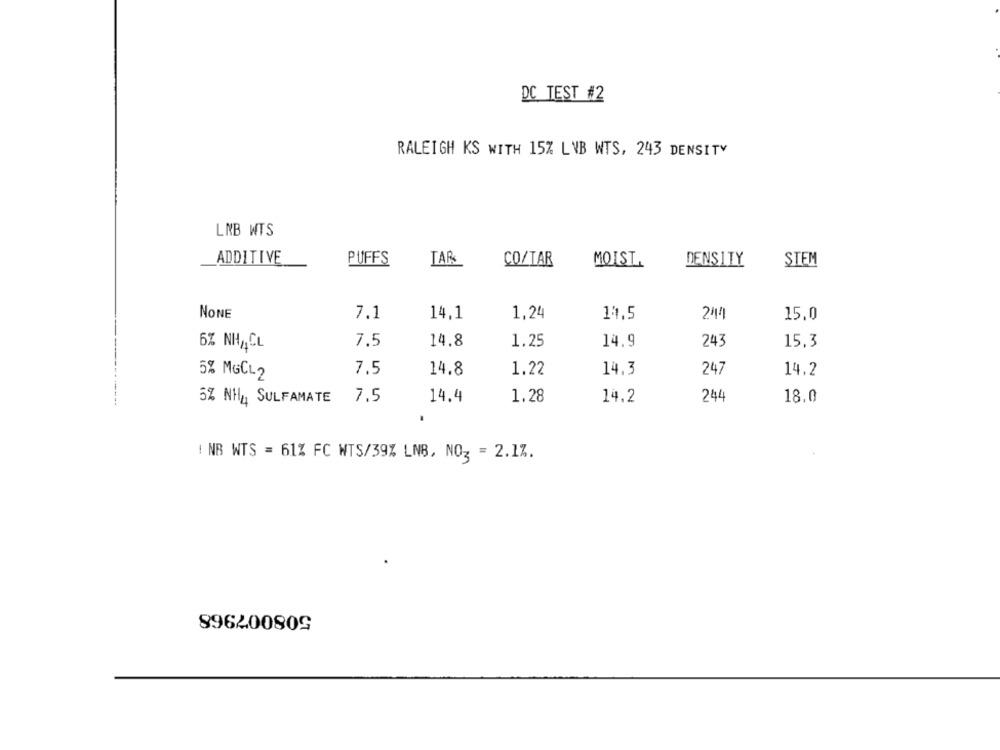
DC TEST #2
RALEIGH KS WITH 15% LNB WTS, 243 DENSITY
LNB WTS
ADDITIVE
PUFFS
TAR
CO/TAR
MOIST.
DENSITY
STEM
NONE
7.1
14,1
1,24
14.5
241
15,0
6% NHACL
7.5
14.8
1.25
14.9
243
15.3
5% MGCL2
7.5
14.8
1.22
14.3
247
14.2
7.5
14.4
1.28
244
18,0
5% NHA SULFAMATE
14.2
! NR WTS = 61% FC WTS/39% LNB, NO3 = 2.1%.
896200809